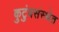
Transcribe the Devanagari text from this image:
कुटुंबसंस्थेत